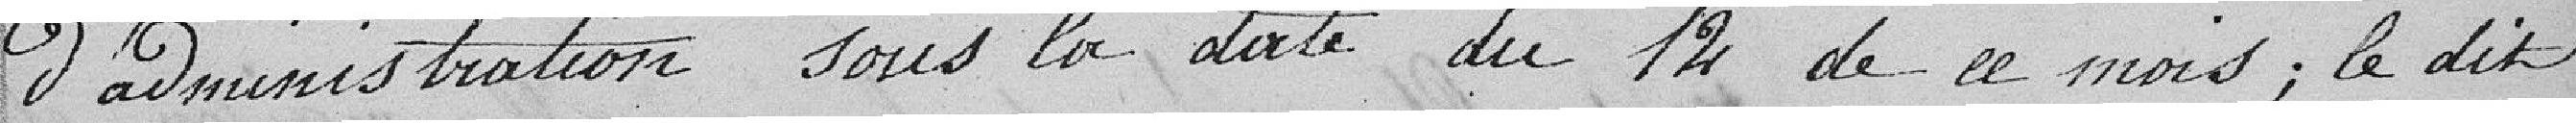
d'administration sous la date du 12 de ce mois ; le dit